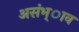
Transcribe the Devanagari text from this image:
असंभ्ाव